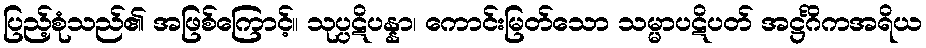
ပြည့်စုံသည်၏ အဖြစ်ကြောင့်။ သုပ္ပဋိပန္နာ၊ ကောင်းမြတ်သော သမ္မာပဋိပတ် အဋ္ဌင်္ဂိကအရိယ